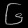
Digit: ၆